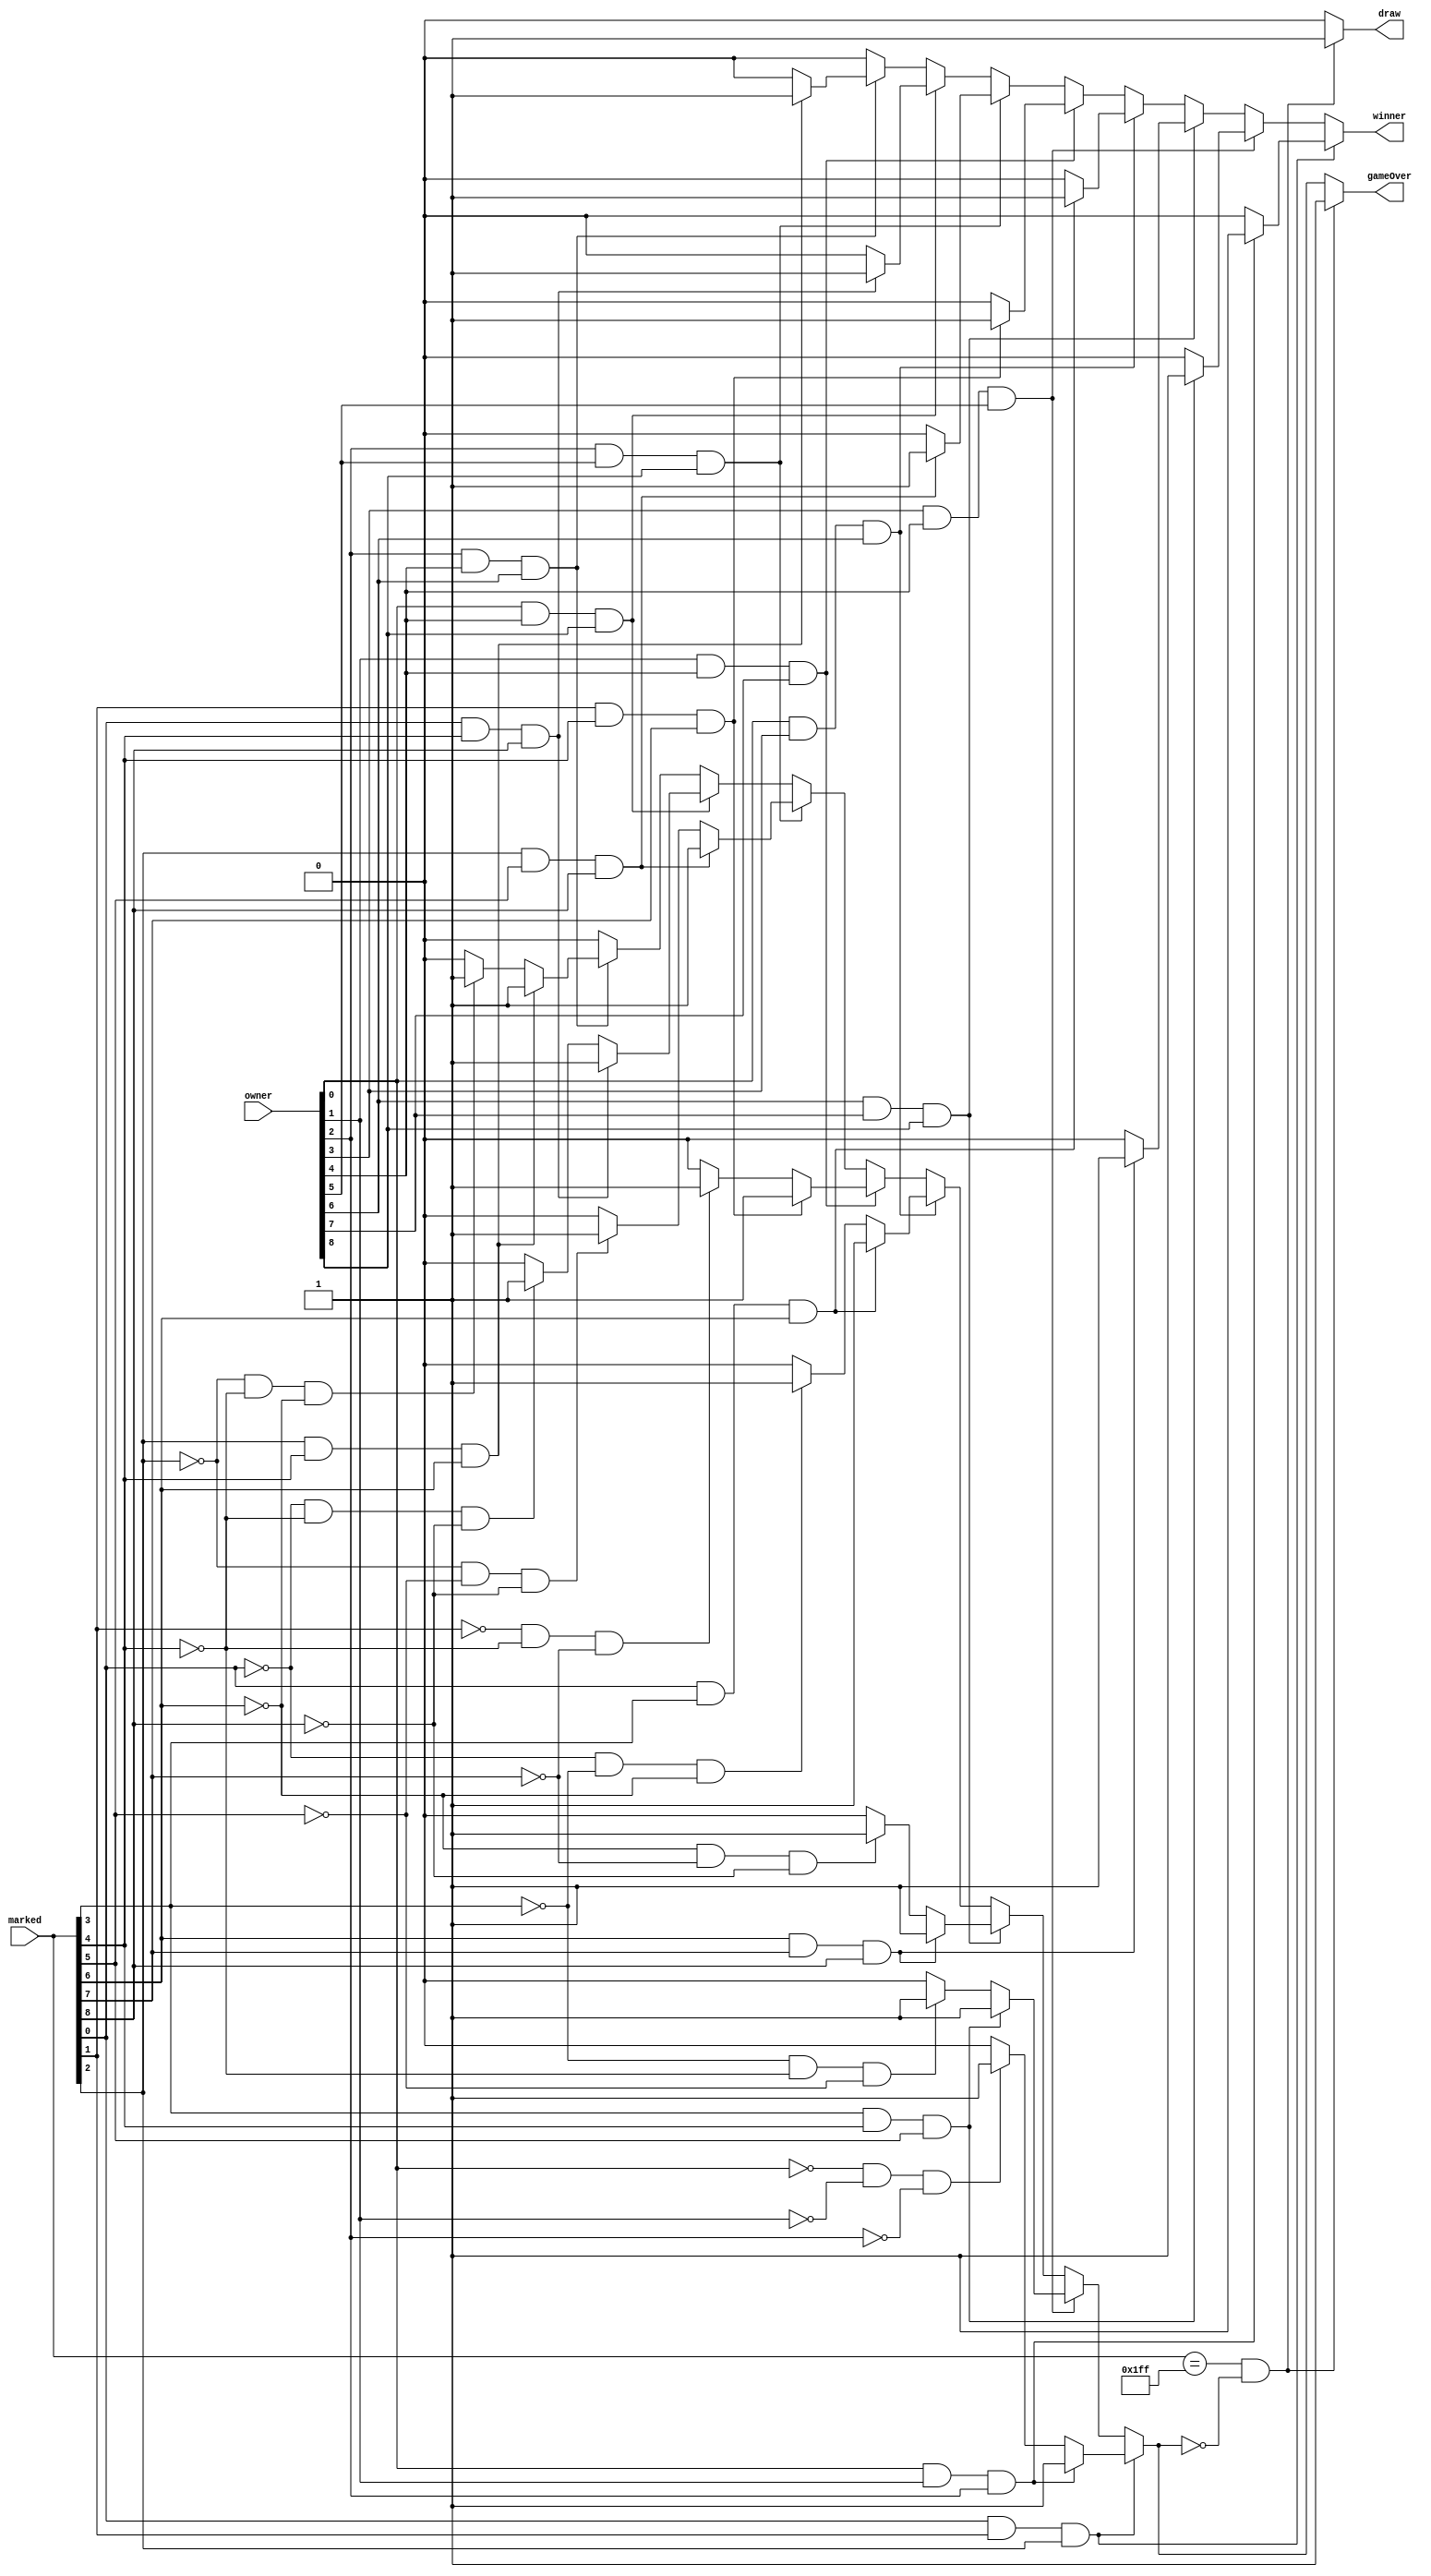
module Winner(
	//input clk, rst, 
	input [8:0] marked, owner,
	
	output reg draw, winner, gameOver
 );
 
	wire [1:0] pos1, pos2, pos3, pos4, pos5, pos6, pos7, pos8, pos9;
	reg NoWin;
		assign pos1 = {marked[0], owner[0]};
    	assign pos2 = {marked[1], owner[1]};
    	assign pos3 = {marked[2], owner[2]};
    	assign pos4 = {marked[3], owner[3]};
    	assign pos5 = {marked[4], owner[4]};
    	assign pos6 = {marked[5], owner[5]};
    	assign pos7 = {marked[6], owner[6]};
    	assign pos8 = {marked[7], owner[7]};
    	assign pos9 = {marked[8], owner[8]};
	 
	always @(*) begin
		winner=0; draw=0; gameOver=0;
		NoWin=0;
		 
		if (pos1[1]==1 && pos2[1]==1 && pos3[1]==1)begin
			if(pos1[0]==1 && pos2[0]==1 && pos3[0]==1) begin
				winner = 1; gameOver = 1; NoWin=1;end
			else if(pos1[0]==0 && pos2[0]==0 && pos3[0]==0)begin
				winner = 0; gameOver = 1; NoWin=1; end
		end

		else if(pos4[0]==1 && pos5[0]==1 && pos6[0]==1) begin
			if(pos4[1]==1 && pos5[1]==1 && pos6[1]==1)begin
				winner = 1; gameOver = 1;NoWin=1;end
			else if(pos4[1]==0 && pos5[1]==0 && pos6[1]==0)begin
				winner = 0; gameOver=1;NoWin=1;end
		end
		 
		else if(pos7[0]==1 && pos8[0]==1 && pos9[0]==1) begin
			if(pos7[1]==1 && pos8[1]==1 && pos9[1]==1)begin
				winner = 1; gameOver=1;NoWin=1;end
			else if(pos7[1]==0 && pos8[1]==0 && pos9[1]==0)begin
				winner = 0; gameOver=1;NoWin=1;end
		end
		 
		else if(pos1[0]==1 && pos4[0]==1 && pos7[0]==1) begin
			if(pos1[1]==1 && pos4[1]==1 && pos7[1]==1)begin
				winner = 1; gameOver=1;NoWin=1;end
			else if(pos1[1]==0 && pos4[1]==0 && pos7[1]==0)begin
				winner = 0; gameOver=1;NoWin=1;end
		end
		
		else if(pos2[0]==1 && pos5[0]==1 && pos8[0]==1) begin
			if(pos2[1]==1 && pos5[1]==1 && pos8[1]==1)begin
				winner = 1; gameOver = 1;NoWin=1;end
			else if(pos2[1]==0 && pos5[1]==0 && pos8[1]==0)begin
				winner = 0; gameOver = 1;NoWin=1;end
		end 
		
		else if(pos3[0]==1 && pos6[0]==1 && pos9[0]==1) begin
			if(pos3[1]==1 && pos6[1]==1 && pos9[1]==1)begin
				winner = 1; gameOver=1;NoWin=1;end
			else if(pos3[1]==0 && pos6[1]==0 && pos9[1]==0)begin
				winner = 0; gameOver=1;NoWin=1;end
		end
		
		else if(pos1[0]==1 && pos5[0]==1 && pos9[0]==1) begin
			if(pos1[1]==1 && pos5[1]==1 && pos9[1]==1)begin
				winner = 1; gameOver=1;NoWin=1;end
			else if(pos1[1]==0 && pos5[1]==0 && pos9[1]==0)begin
				winner = 0; gameOver=1;NoWin=1;end
		end
		
		else if(pos3[0]==1 && pos5[0]==1 && pos7[0]==1) begin
			if(pos3[1]==1 && pos5[1]==1 && pos7[1]==1)begin
				winner = 1; gameOver=1;NoWin=1;end
			else if(pos3[1]==0 && pos5[1]==0 && pos7[1]==0)begin
				winner = 0; gameOver=1;NoWin=1;end
		end 		

		else
			gameOver = 0; 
	
				
        if(marked==9'b111111111 && NoWin==0) begin 
           draw=1; gameOver=1;
        end
                   
	
	end
	
endmodule